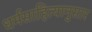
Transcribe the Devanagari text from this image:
धर्मसाहित्यानुसार